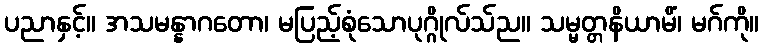
ပညာနှင့်။ အသမန္နာဂတော၊ မပြည့်စုံသောပုဂ္ဂိုလ်သ်ည။ သမ္မတ္တနိယာမိံ၊ မဂ်ကို။